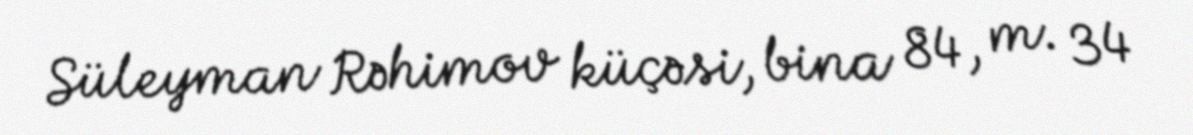
Süleyman Rəhimov küçəsi, bina 84, m. 34